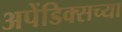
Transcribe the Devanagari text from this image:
अपेंडिक्सच्या